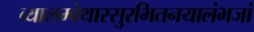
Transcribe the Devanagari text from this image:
व्यालम्बेथास्सुरभितनयालंभजां